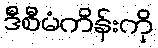
ဒီစီမံကိန်းကို